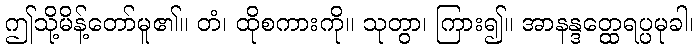
ဤသို့မိန့်တော်မူ၏။ တံ၊ ထိုစကားကို။ သုတွာ၊ ကြား၍။ အာနန္ဒတ္ထေရပ္ပမုခါ၊